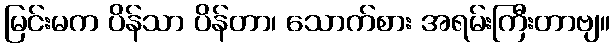
မြင်းမက ပိန်သာ ပိန်တာ၊ သောက်စား အရမ်းကြီးတာဗျ။